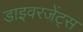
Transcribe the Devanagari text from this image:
डाइवरजेंट्स